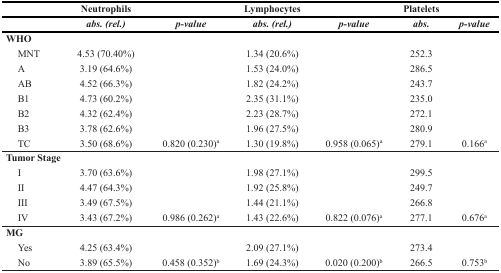
|  | Neutrophils |  | Lymphocytes |  | Platelets |  |
 |  | abs. (rel.) | p-value | abs. (rel.) | p-value | abs. | p-value |
 | --- | --- | --- | --- | --- | --- | --- |
 | <COLSPAN=2> WHO |  |  |  |  |  |
 | MNT | 4.53 (70.40%) |  | 1.34 (20.6%) |  | 252.3 |  |
 | A | 3.19 (64.6%) |  | 1.53 (24.0%) |  | 286.5 |  |
 | AB | 4.52 (66.3%) |  | 1.82 (24.2%) |  | 243.7 |  |
 | B1 | 4.73 (60.2%) |  | 2.35 (31.1%) |  | 235.0 |  |
 | B2 | 4.32 (62.4%) |  | 2.23 (28.7%) |  | 272.1 |  |
 | B3 | 3.78 (62.6%) |  | 1.96 (27.5%) |  | 280.9 |  |
 | TC | 3.50 (68.6%) | 0.820 (0.230)a | 1.30 (19.8%) | 0.958 (0.065)a | 279.1 | 0.166a |
 | <COLSPAN=2> Tumor Stage |  |  |  |  |  |
 | I | 3.70 (63.6%) |  | 1.98 (27.1%) |  | 299.5 |  |
 | II | 4.47 (64.3%) |  | 1.92 (25.8%) |  | 249.7 |  |
 | III | 3.49 (67.5%) |  | 1.44 (21.1%) |  | 266.8 |  |
 | IV | 3.43 (67.2%) | 0.986 (0.262)a | 1.43 (22.6%) | 0.822 (0.076)a | 277.1 | 0.676a |
 | MG |  |  |  |  |  |  |
 | Yes | 4.25 (63.4%) |  | 2.09 (27.1%) |  | 273.4 |  |
 | No | 3.89 (65.5%) | 0.458 (0.352)b | 1.69 (24.3%) | 0.020 (0.200)b | 266.5 | 0.753b |